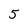
Character: 5